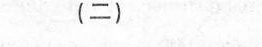
(二)